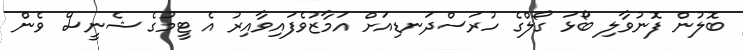
ބޮލުން ފޮނުވާލި ބޯޅަ ގޯލްގެ ހުރަސްދަނޑިއަށް އަމާޒުވެފައިވާއިރު އެ ޓީމުގެ ޝެނީސް ވެން